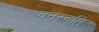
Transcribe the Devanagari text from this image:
वनस्वति